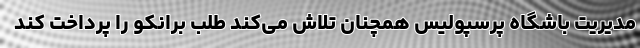
مدیریت باشگاه پرسپولیس همچنان تلاش می‌کند طلب برانکو را پرداخت کند